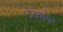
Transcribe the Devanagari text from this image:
ठेव्यावर